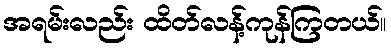
အရမ်းလည်း ထိတ်လန့်ကုန်ကြတယ်။